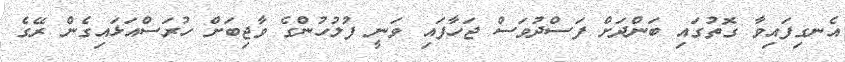
އެނގިފައިވާ ގޮތުގައި ބަންދަށް ފަސްދުވަސް ޖަހާފައި ވަނީ ފުލުހުންގެ ވާޖިބަށް ހުރަސްއަޅައިގެން ރޭގެ